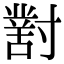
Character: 𡭊